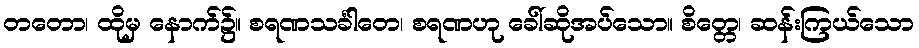
တတော၊ ထိုမှ နောက်၌။ စရဏသင်္ခါတေ၊ စရဏဟု ခေါ်ဆိုအပ်သော။ စိတ္တေ၊ ဆန်းကြယ်သော